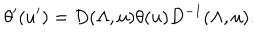
LaTeX: \theta ^ { \prime } ( u ^ { \prime } ) = D ( \Lambda , u ) \theta ( u ) D ^ { - 1 } ( \Lambda , u ) .